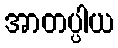
အာတပ္ပါယ